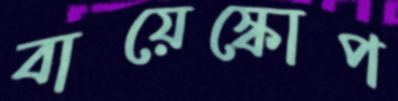
বায়েস্কোপ